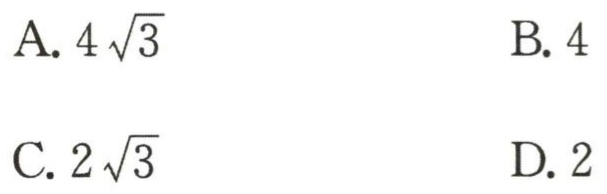
A. \(4\sqrt{3}\)  B. \(4\)

C. \(2\sqrt{3}\)  D. \(2\)